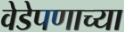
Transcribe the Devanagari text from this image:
वेडेपणाच्या